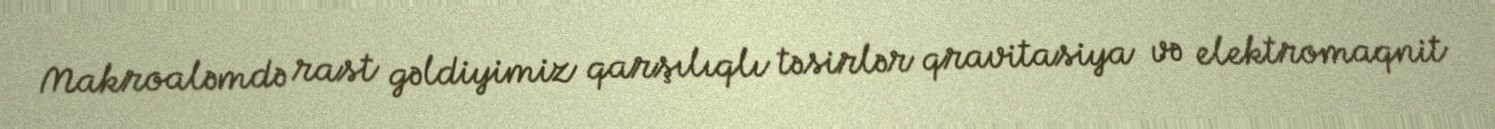
Makroaləmdə rast gəldiyimiz qarşılıqlı təsirlər qravitasiya və elektromaqnit